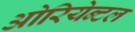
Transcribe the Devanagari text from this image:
ओरियेन्टल